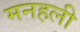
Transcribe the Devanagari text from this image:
मनहली